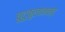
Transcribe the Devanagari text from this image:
चुटुकुलानन्द